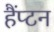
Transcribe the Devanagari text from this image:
हैंप्टन